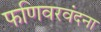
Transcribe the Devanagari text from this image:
फणिवरवंदना